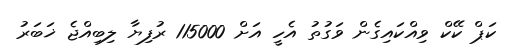
ކަޕް ކޭކް ވިއްކައިގެން ވަގުތު އެހީ އަށް 115000 ރުފިޔާ ލިބިއްޖެ ޚަބަރު